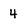
Character: 4